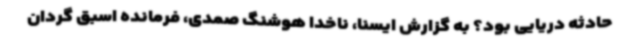
حادثه دریایی بود؟ به گزارش ایسنا، ناخدا هوشنگ صمدی، فرمانده اسبق گردان